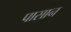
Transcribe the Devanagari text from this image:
पासान